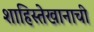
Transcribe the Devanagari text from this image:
शाहिस्तेखानाची